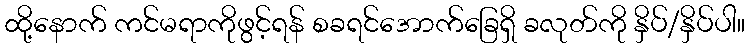
ထို့နောက် ကင်မရာကိုဖွင့်ရန် စခရင်အောက်ခြေရှိ ခလုတ်ကို နှိပ်/နှိပ်ပါ။